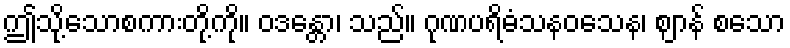
ဤသို့သောစကားတို့ကို။ ဝဒန္တော၊ သည်။ ဂုဏပရိဓံသနဝသေန၊ ဈာန် စသော